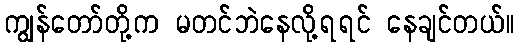
ကျွန်တော်တို့က မတင်ဘဲနေလို့ရရင် နေချင်တယ်။